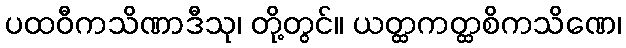
ပထဝီကသိဏာဒီသု၊ တို့တွင်။ ယတ္ထကတ္ထစိကသိဏေ၊